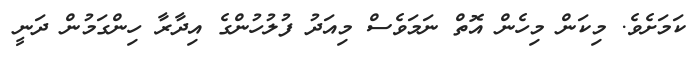
ކަމަށެވެ. މިކަން މިހެން އޮތް ނަމަވެސް މިއަދު ފުލުހުންގެ އިދާރާ ހިންގަމުން ދަނީ